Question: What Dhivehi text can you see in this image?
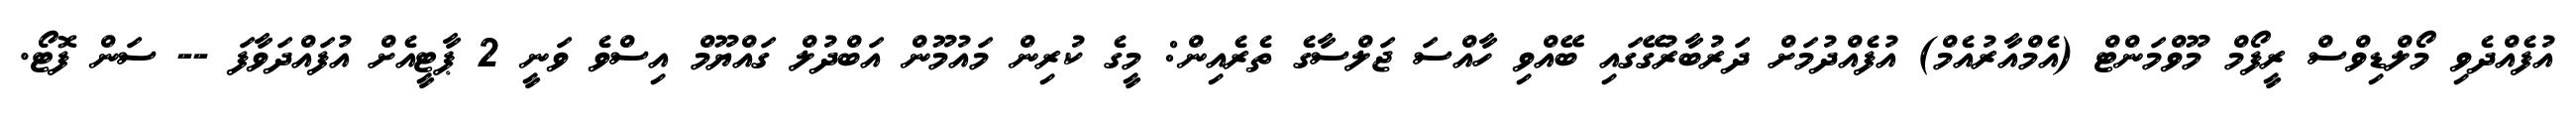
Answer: އުފެއްދެވި މޯލްޑިވްސް ރީފޯމް މޫވްމަންޓް (އެމްއާރުއެމް) އުފެއްދުމަށް ދަރުބާރުގޭގައި ބޭއްވި ހާއްސަ ޖަލްސާގެ ތެރެއިން: މީގެ ކުރިން މައުމޫން އަބްދުލް ގައްޔޫމް އިސްވެ ވަނީ 2 ޕާޓީއެށް އުފައްދަވާފަ -- ސަން ފޮޓޯ.